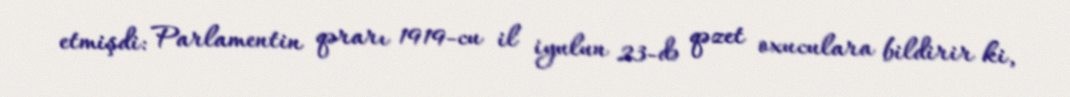
etmişdi: Parlamentin qərarı 1919-cu il iyulun 23-də qəzet oxuculara bildirir ki,